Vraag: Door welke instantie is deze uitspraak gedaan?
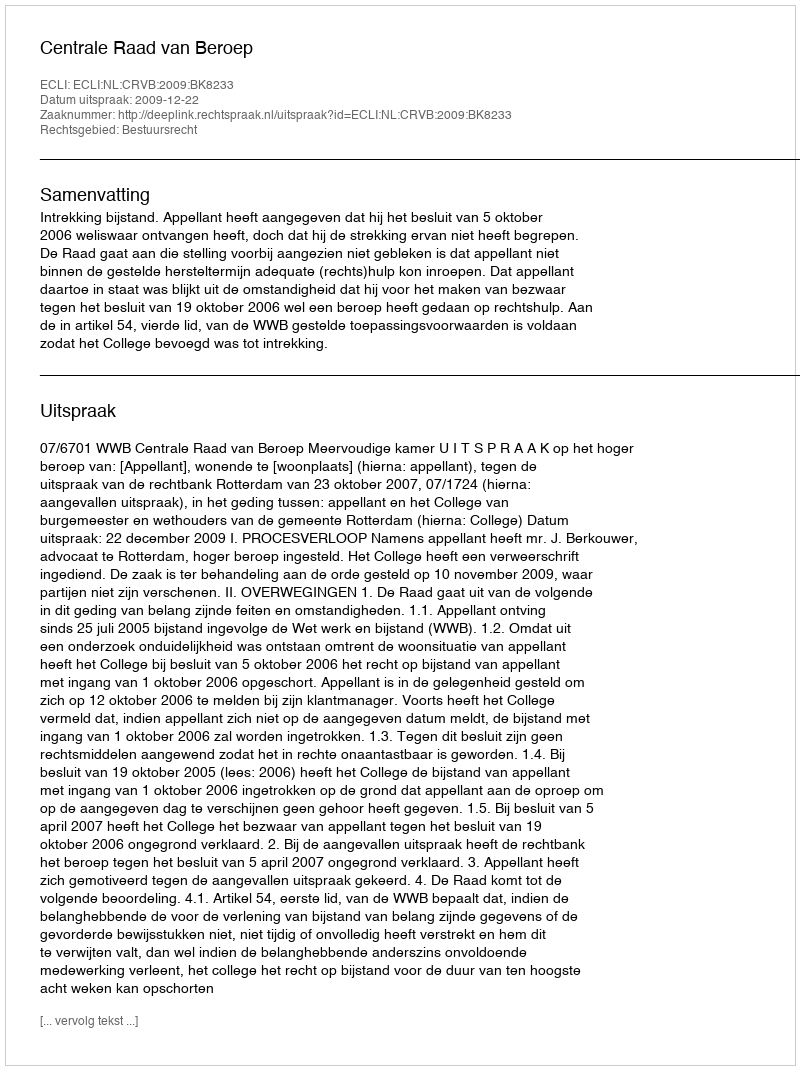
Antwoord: Centrale Raad van Beroep